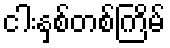
ငါးနှစ်တစ်ကြိမ်